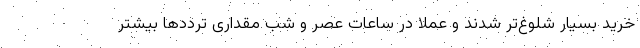
خرید بسیار شلوغ‌تر شدند و عملا در ساعات عصر و شب مقداری ترددها بیشتر